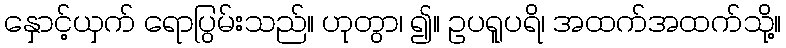
နှောင့်ယှက် ရောပြွမ်းသည်။ ဟုတွာ၊ ၍။ ဥပရူပရိ၊ အထက်အထက်သို့။